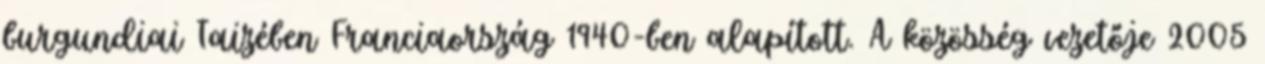
burgundiai Taizében Franciaország 1940-ben alapított. A közösség vezetője 2005